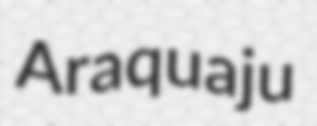
Araquaju